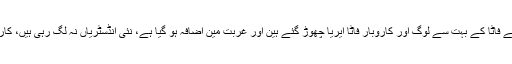
دہشت گردی کی وجہ سے فاٹا کے بہت سے لوگ اور کاروبار فاٹا ایریا چھوڑ گئے ہین اور غربت مین اضافہ ہو گیا ہے، نئی انڈسٹریاں نہ لگ رہی ہیں، کاروبار برباد ہو گئے ہین ۔